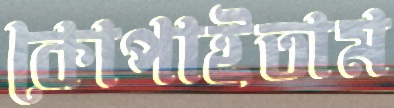
কোপাইতাম